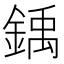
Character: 𫒳